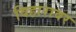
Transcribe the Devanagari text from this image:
विहारावर